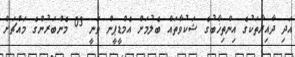
އަދި ދާއިރާތަކުގެ އިންތިޚާބުގެ ޝަކުވާތައް ބެލުމަށް އެމްޑީޕީން ވަނީ 03 މެންބަރުންގެ މައްޗަށް